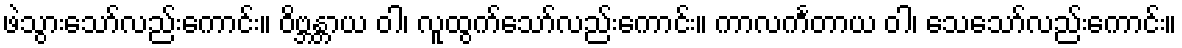
ဖဲသွားသော်လည်းကောင်း။ ဝိဗ္ဘန္တာယ ဝါ၊ လူထွက်သော်လည်းကောင်း။ ကာလင်္ကတာယ ဝါ၊ သေသော်လည်းကောင်း။